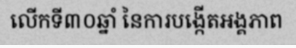
លើកទី៣០ឆ្នាំ នៃការបង្កើតអង្គភាព